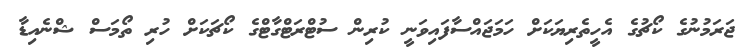
ޖަރަމުނުގެ ކޯޗުގެ އެހީތެރިޔަކަށް ހަމަޖައްސާފައިވަނީ ކުރިން ސުޓްރަޓްގާޓްގެ ކޯޗަކަށް ހުރި ތޯމަސް ޝްނެއިޑާ